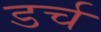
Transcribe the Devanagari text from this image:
डर्च